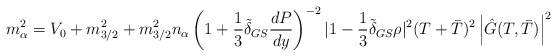
\begin{align*}m^2_{\alpha}=V_0+m^2_{3/2}+m^2_{3/2}n_{\alpha}\left(1+\frac{1}{3}\tilde{\delta}_{GS} \frac{dP}{dy} \right)^{-2}|1-\frac{1}{3}\tilde{\delta}_{GS} \rho|^2 (T+\bar{T})^2\left|\hat{G}(T,\bar{T})\right|^2\end{align*}